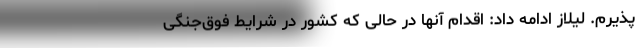
‌پذیرم. لیلاز ادامه داد: اقدام آنها در حالی که کشور در شرایط فوق‌جنگی